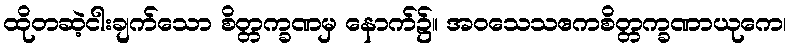
ထိုတဆဲ့ငါးချက်သော စိတ္တက္ခဏမှ နောက်၌။ အဝသေသဧကစိတ္တက္ခဏာယုကေ၊